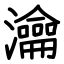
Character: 瀹